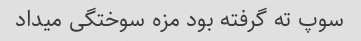
سوپ ته گرفته بود مزه سوختگی میداد